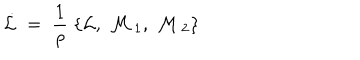
\dot { \cal { L } } \; = \; \frac 1 \rho \; \{ { \cal { L } } , \; { \cal { M } } \, _ { 1 } , \; { \cal { M } } \, _ { 2 } \}